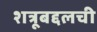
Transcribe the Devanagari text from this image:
शत्रूबद्दलची